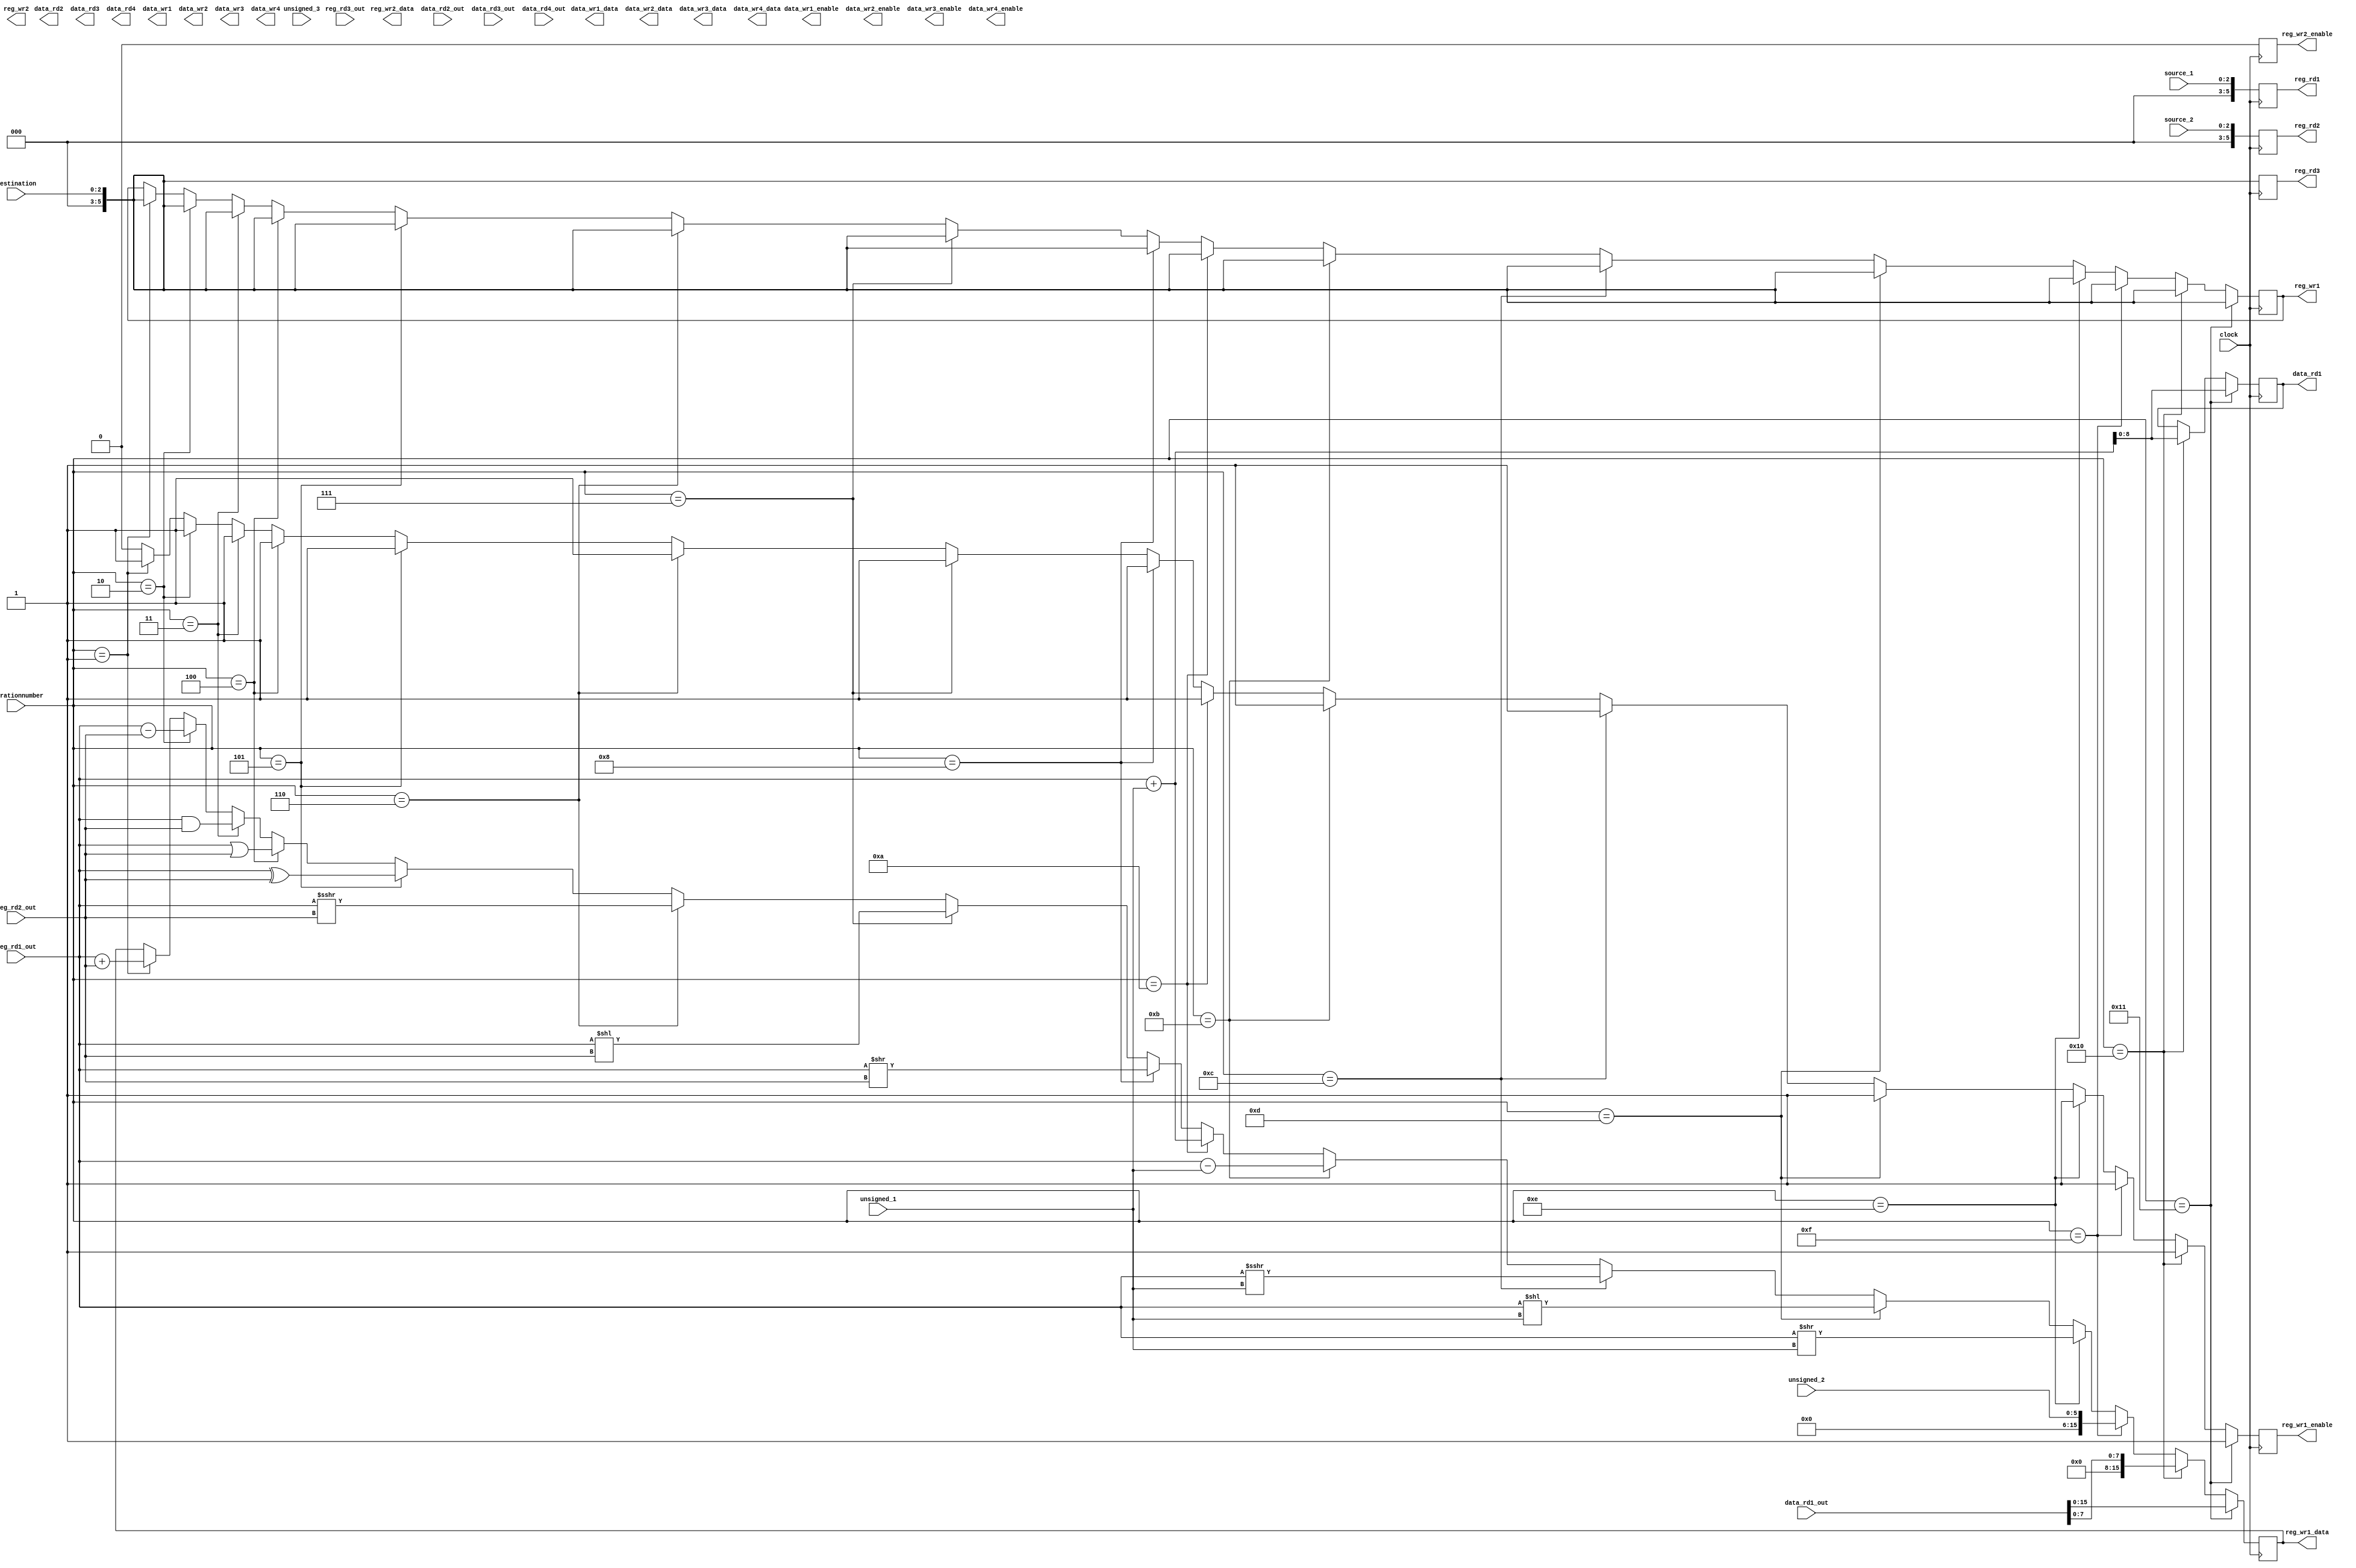
module execution (	clock, 
					operationnumber,
					destination,
					source_1,
					source_2,
					unsigned_1,
					unsigned_2,
					unsigned_3,
					reg_rd1,
					reg_rd2, 
					reg_rd3, 
					reg_wr1, 
					reg_wr2, 
					reg_wr1_data, 
					reg_wr2_data, 
					reg_wr1_enable, 
					reg_wr2_enable, 
					reg_rd1_out, 
					reg_rd2_out, 
					reg_rd3_out,
					data_rd1, 
					data_rd2, 
					data_rd3, 
					data_rd4, 
					data_wr1, 
					data_wr2, 
					data_wr3, 
					data_wr4, 
					data_wr1_data, 
					data_wr2_data, 
					data_wr3_data, 
					data_wr4_data, 
					data_wr1_enable, 
					data_wr2_enable, 
					data_wr3_enable, 
					data_wr4_enable, 
					data_rd1_out, 
					data_rd2_out, 
					data_rd3_out, 
					data_rd4_out
					);
	
	input clock;
	input [05:00]operationnumber;
	input [02:00]destination; 
	input [02:00]source_2;
	input [02:00]source_1;
	input [08:00]unsigned_3;
	input [05:00]unsigned_2;
	input [02:00]unsigned_1;

	// RegisterFile //

	input [15:00]reg_rd1_out;
	input [15:00]reg_rd2_out;
	input [15:00]reg_rd3_out;

	output [05:00]reg_wr1;
	output [05:00]reg_wr2;
	output reg_wr1_enable;
	output reg_wr2_enable;
	output [15:00]reg_wr1_data;
	output [15:00]reg_wr2_data;

	output [05:00]reg_rd1;
	output [05:00]reg_rd2;
	output [05:00]reg_rd3;

	// Data Register //

	input [31:00]data_rd1_out;
	input [31:00]data_rd2_out;
	input [31:00]data_rd3_out;
	input [31:00]data_rd4_out;

	output [08:00] data_rd1;
	output [08:00] data_rd2;
	output [08:00] data_rd3;
	output [08:00] data_rd4;

	output [08:00] 	data_wr1;
	output [08:00] 	data_wr2;
	output [08:00]	data_wr3;
	output [08:00]	data_wr4;
	output [31:00] 	data_wr1_data;
	output [31:00] 	data_wr2_data;
	output [31:00] 	data_wr3_data;
	output [31:00] 	data_wr4_data;
	output			data_wr1_enable;
	output			data_wr2_enable;
	output			data_wr3_enable;
	output 			data_wr4_enable;


	// input [63:00]register;

	reg [05:00]reg_wr1;
	reg [05:00]reg_wr2;

	reg [05:00]reg_rd1;
	reg [05:00]reg_rd2;
	reg [05:00]reg_rd3;

	reg reg_wr1_enable;
	reg reg_wr2_enable;

	reg [15:00] reg_wr1_data;
	reg [15:00] reg_wr2_data;

	wire [05:00] operationnumber;

	reg [08:00] data_rd1;
	reg [08:00] data_rd2;
	reg [08:00] data_rd3;
	reg [08:00] data_rd4;

	reg [08:00]	data_wr1;
	reg [08:00]	data_wr2;
	reg [08:00]	data_wr3;
	reg [08:00]	data_wr4;
	reg [31:00]	data_wr1_data;
	reg [31:00]	data_wr2_data;
	reg [31:00]	data_wr3_data;
	reg [31:00]	data_wr4_data;
	reg			data_wr1_enable;
	reg			data_wr2_enable;
	reg			data_wr3_enable;
	reg 		data_wr4_enable;

	wire [02:00] destination;	

	always @(posedge clock) begin

		reg_wr1_enable = 0;
		reg_wr2_enable = 0;
		reg_rd1 = source_1;
		reg_rd2 = source_2;
		reg_rd3 = destination;

		if (operationnumber == 0) begin 	//no operation
			
		end
		
		if (operationnumber == 1) begin 	//unsigned add	
			reg_wr1 = destination;
			
			reg_wr1_data = reg_rd1_out + reg_rd2_out;
			reg_wr1_enable = 1;


		end

		if (operationnumber == 2) begin 	//unsigned subtract
			reg_wr1 = destination;
			reg_wr1_data = reg_rd1_out - reg_rd2_out;
			reg_wr1_enable = 1;
			
		end

		if (operationnumber == 3) begin 	//bitwise AND 
			reg_wr1 = destination;
			reg_wr1_data = reg_rd1_out & reg_rd2_out;
			reg_wr1_enable = 1;
			
		end

		if (operationnumber == 4) begin 	//bitwise OR
			reg_wr1 = destination;
			reg_wr1_data = reg_rd1_out | reg_rd2_out;
			reg_wr1_enable = 1;
			
		end

		if (operationnumber == 5) begin 	//bitwise exclusive OR
			reg_wr1 = destination;
			reg_wr1_data = reg_rd1_out ^ reg_rd2_out;
			reg_wr1_enable = 1;
			
		end

		if (operationnumber == 6) begin 	// arithmetic shift right
			reg_wr1 = destination;
			reg_wr1_data = reg_rd1_out >>> reg_rd2_out;
			reg_wr1_enable = 1;
			
		end

		if (operationnumber == 7) begin 	// Logical left shift
			reg_wr1 = destination;
			reg_wr1_data = reg_rd1_out << reg_rd2_out;
			reg_wr1_enable = 1;
			
		end

		if (operationnumber == 8) begin 	// Logical right shift
			reg_wr1 = destination;
			reg_wr1_data = reg_rd1_out >> reg_rd2_out;
			reg_wr1_enable = 1;
			
		end

		if (operationnumber == 9) begin 	// move register to register
			
		end

		if (operationnumber == 10) begin 	//unsigned add immediate
			reg_wr1 = destination;
			reg_wr1_data = reg_rd1_out + unsigned_1;
			reg_wr1_enable = 1;
			
		end

		if (operationnumber == 11) begin 	//unsigned subtract immediate
			reg_wr1 = destination;
			reg_wr1_data = reg_rd1_out - unsigned_1;
			reg_wr1_enable = 1;
			
		end

		if (operationnumber == 12) begin 	//arithmetic shift right immediate
			reg_wr1 = destination;
			reg_wr1_data = reg_rd1_out >>> unsigned_1;
			reg_wr1_enable = 1;
			
		end

		if (operationnumber == 13) begin 	//logical shift left immediate
			reg_wr1 = destination;
			reg_wr1_data = reg_rd1_out << unsigned_1;
			reg_wr1_enable = 1;
			
		end

		if (operationnumber == 14) begin 	//logical shift right immediate
			reg_wr1 = destination;
			reg_wr1_data = reg_rd1_out >> unsigned_1;
			reg_wr1_enable = 1;
			
		end

		if (operationnumber == 15) begin 	//Move immeidate to register
			reg_wr1 = destination;
			reg_wr1_data = unsigned_2;
			reg_wr1_enable = 1;
		end

		if (operationnumber == 16) begin 	//indexed load byte
			reg_wr1 = destination;
			data_rd1 = reg_rd1_out + unsigned_1;
			reg_wr1_data = data_rd1_out[07:00]; // ??
			reg_wr1_enable = 1;
			
		end
		if (operationnumber == 17) begin 	//indexed load word
			reg_wr1 = destination;
			data_rd1 = reg_rd1_out + unsigned_1;
			reg_wr1_data = data_rd1_out; // ??
			reg_wr1_enable = 1;
		end


	end
endmodule